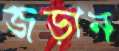
জড়ান